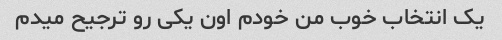
یک انتخاب خوب من خودم اون یکی رو ترجیح میدم